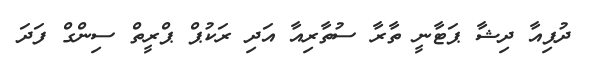
ދުޕިއާ ދިޝާ ޕަޓާނީ ތާރާ ސުތާރިއާ އަދި ރަކުޕް ޕްރީތް ސިންގް ފަދަ